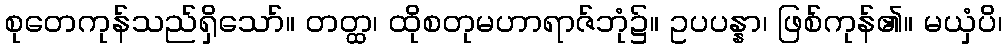
စုတေကုန်သည်ရှိသော်။ တတ္ထ၊ ထိုစတုမဟာရာဇ်ဘုံ၌။ ဥပပန္နာ၊ ဖြစ်ကုန်၏။ မယှံပိ၊